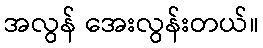
အလွန် အေးလွန်းတယ်။